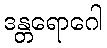
ဒန္တရောဂေါ